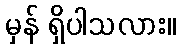
မှန် ရှိပါသလား။